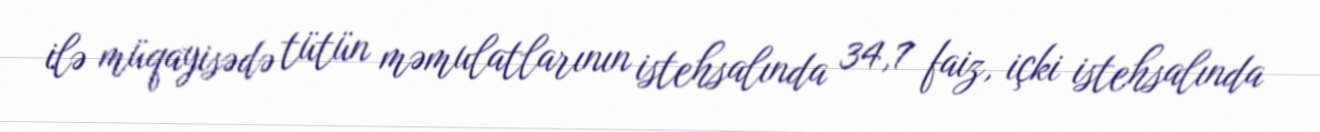
ilə müqayisədə tütün məmulatlarının istehsalında 34,7 faiz, içki istehsalında